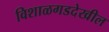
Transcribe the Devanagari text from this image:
विशाळगडदेखील